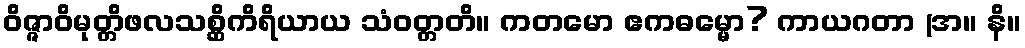
ဝိဇ္ဇာဝိမုတ္တိဖလသစ္ဆိကိရိယာယ သံဝတ္တတိ။ ကတမော ဧကဓမ္မော? ကာယဂတာ (အ။ နိ။